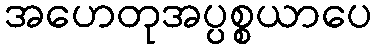
အဟေတုအပ္ပစ္စယာပေ